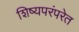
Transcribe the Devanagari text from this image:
शिष्यपरंपरेत